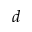
^ d